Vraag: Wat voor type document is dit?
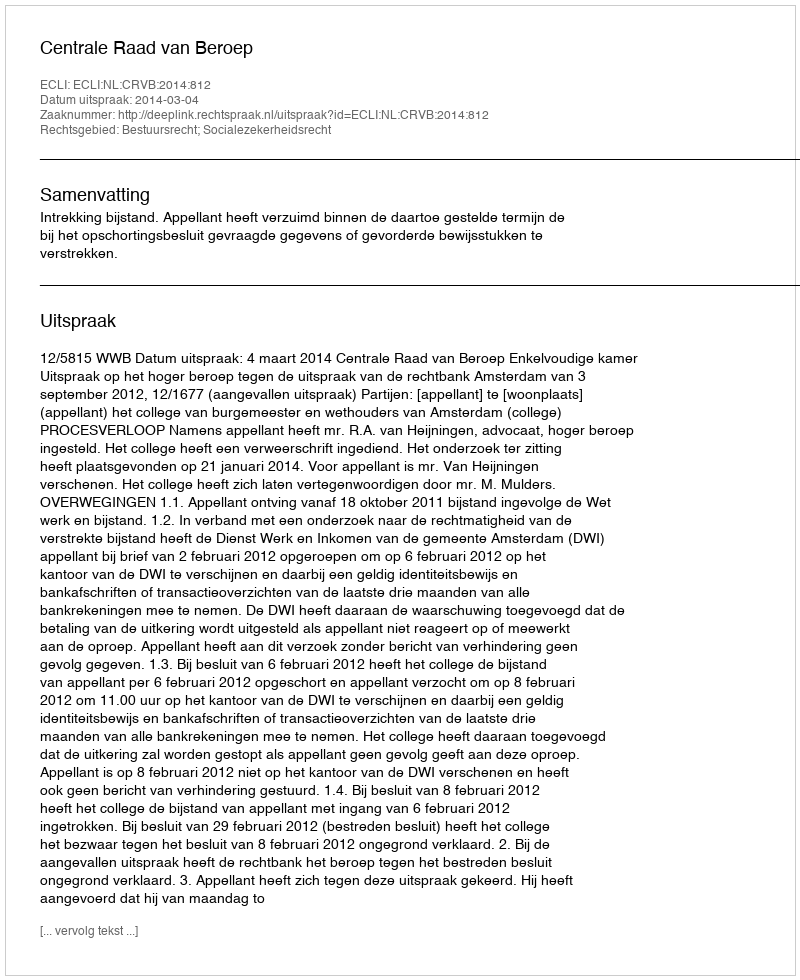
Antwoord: Uitspraak